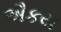
ઐકય